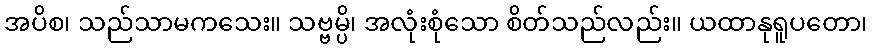
အပိစ၊ သည်သာမကသေး။ သဗ္ဗမ္ပိ၊ အလုံးစုံသော စိတ်သည်လည်း။ ယထာနုရူပတော၊